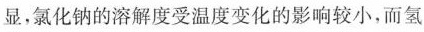
显，氯化钠的溶解度受温度变化的影响较小，而氢